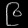
Digit: ၉